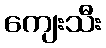
ကျေးသီး